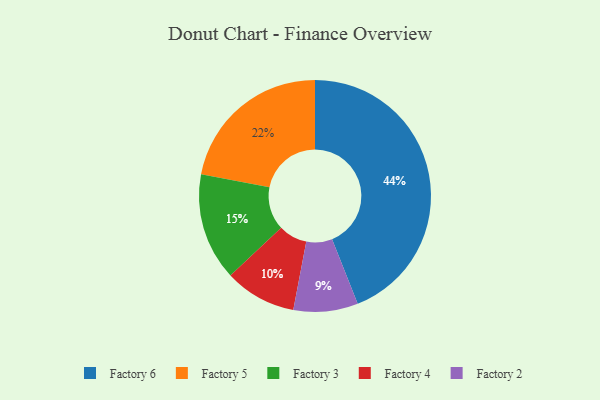
{"axis": {"x": "Category", "y": "Percentage"}, "legend": ["Factory 2", "Factory 3", "Factory 4", "Factory 5", "Factory 6"], "data": [{"x": "Factory 6", "y": 44, "type": "Factory 6"}, {"x": "Factory 4", "y": 10, "type": "Factory 4"}, {"x": "Factory 5", "y": 22, "type": "Factory 5"}, {"x": "Factory 2", "y": 9, "type": "Factory 2"}, {"x": "Factory 3", "y": 15, "type": "Factory 3"}]}